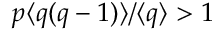
p \langle { q ( q - 1 ) } \rangle / \langle { q } \rangle > 1